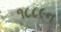
૧૮૮૯ન